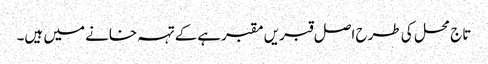
تاج محل کی طرح اصل قبریں مقبرہےکے تہہ خانے میں ہیں۔